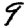
Digit: 9